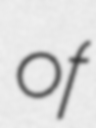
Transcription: of